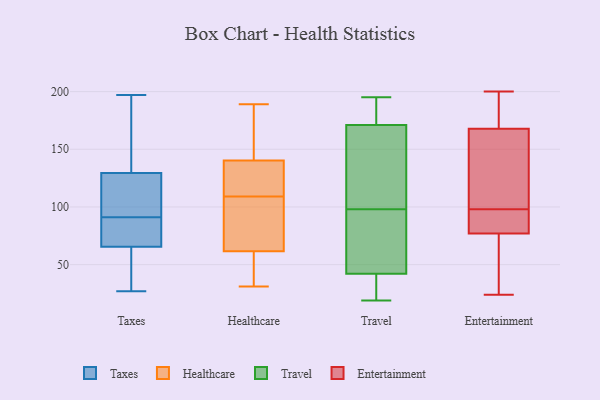
{"axis": {"x": "Inventory Turnover", "y": "Value"}, "legend": ["Entertainment", "Healthcare", "Taxes", "Travel"], "data": [{"x": "", "y": 91, "type": "Taxes"}, {"x": "", "y": 81, "type": "Taxes"}, {"x": "", "y": 64, "type": "Taxes"}, {"x": "", "y": 196, "type": "Taxes"}, {"x": "", "y": 130, "type": "Taxes"}, {"x": "", "y": 111, "type": "Taxes"}, {"x": "", "y": 128, "type": "Taxes"}, {"x": "", "y": 197, "type": "Taxes"}, {"x": "", "y": 96, "type": "Taxes"}, {"x": "", "y": 60, "type": "Taxes"}, {"x": "", "y": 80, "type": "Taxes"}, {"x": "", "y": 111, "type": "Taxes"}, {"x": "", "y": 144, "type": "Taxes"}, {"x": "", "y": 27, "type": "Taxes"}, {"x": "", "y": 146, "type": "Taxes"}, {"x": "", "y": 88, "type": "Taxes"}, {"x": "", "y": 48, "type": "Taxes"}, {"x": "", "y": 70, "type": "Taxes"}, {"x": "", "y": 62, "type": "Taxes"}, {"x": "", "y": 59, "type": "Healthcare"}, {"x": "", "y": 109, "type": "Healthcare"}, {"x": "", "y": 142, "type": "Healthcare"}, {"x": "", "y": 61, "type": "Healthcare"}, {"x": "", "y": 47, "type": "Healthcare"}, {"x": "", "y": 38, "type": "Healthcare"}, {"x": "", "y": 31, "type": "Healthcare"}, {"x": "", "y": 69, "type": "Healthcare"}, {"x": "", "y": 154, "type": "Healthcare"}, {"x": "", "y": 182, "type": "Healthcare"}, {"x": "", "y": 63, "type": "Healthcare"}, {"x": "", "y": 81, "type": "Healthcare"}, {"x": "", "y": 126, "type": "Healthcare"}, {"x": "", "y": 73, "type": "Healthcare"}, {"x": "", "y": 129, "type": "Healthcare"}, {"x": "", "y": 135, "type": "Healthcare"}, {"x": "", "y": 189, "type": "Healthcare"}, {"x": "", "y": 110, "type": "Healthcare"}, {"x": "", "y": 175, "type": "Healthcare"}, {"x": "", "y": 19, "type": "Travel"}, {"x": "", "y": 42, "type": "Travel"}, {"x": "", "y": 188, "type": "Travel"}, {"x": "", "y": 41, "type": "Travel"}, {"x": "", "y": 100, "type": "Travel"}, {"x": "", "y": 195, "type": "Travel"}, {"x": "", "y": 192, "type": "Travel"}, {"x": "", "y": 22, "type": "Travel"}, {"x": "", "y": 63, "type": "Travel"}, {"x": "", "y": 47, "type": "Travel"}, {"x": "", "y": 96, "type": "Travel"}, {"x": "", "y": 167, "type": "Travel"}, {"x": "", "y": 171, "type": "Travel"}, {"x": "", "y": 129, "type": "Travel"}, {"x": "", "y": 24, "type": "Entertainment"}, {"x": "", "y": 76, "type": "Entertainment"}, {"x": "", "y": 164, "type": "Entertainment"}, {"x": "", "y": 200, "type": "Entertainment"}, {"x": "", "y": 100, "type": "Entertainment"}, {"x": "", "y": 169, "type": "Entertainment"}, {"x": "", "y": 80, "type": "Entertainment"}, {"x": "", "y": 63, "type": "Entertainment"}, {"x": "", "y": 89, "type": "Entertainment"}, {"x": "", "y": 189, "type": "Entertainment"}, {"x": "", "y": 98, "type": "Entertainment"}]}